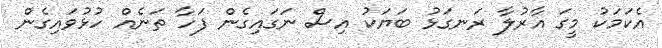
އެކަމަކު މީގަ އާރުލާ ރަނގަޅު ބަޔަކު އިސް ނަގައިގެން ފަހާ ތަނެއް ހުޅުވައިގެން